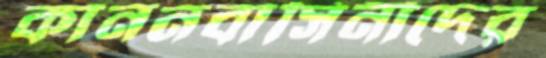
কাননবাসিনীদের